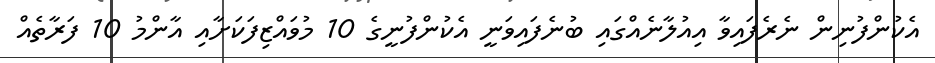
އެކުންފުނިން ނެރެފައިވާ އިއުލާނެއްގައި ބުނެފައިވަނީ އެކުންފުނީގެ 10 މުވައްޒިފަކަށާއި އާންމު 10 ފަރާތެއް